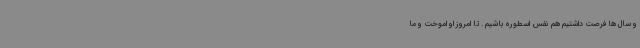
و سال ها فرصت داشتیم هم نفس اسطوره باشیم . تا امروز او اموخت و ما